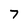
Character: 7